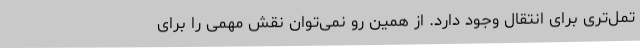
تمل‌تری برای انتقال وجود دارد. از همین رو نمی‌توان نقش مهمی را برای